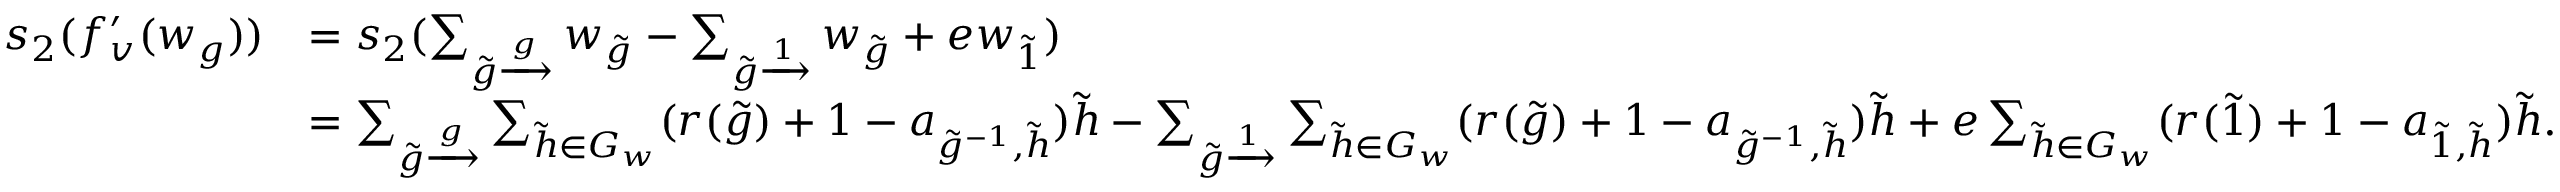
\begin{array} { r l } { s _ { 2 } ( f _ { v } ^ { \prime } ( w _ { g } ) ) } & { = s _ { 2 } ( \sum _ { \Tilde { g } \xrightarrow [ ] g } w _ { \Tilde { g } } - \sum _ { \Tilde { g } \xrightarrow [ ] 1 } w _ { \Tilde { g } } + e w _ { \Tilde { 1 } } ) } \\ & { = \sum _ { \Tilde { g } \xrightarrow [ ] g } \sum _ { \Tilde { h } \in G _ { w } } ( r ( \Tilde { g } ) + 1 - a _ { \Tilde { g } ^ { - 1 } , \Tilde { h } } ) \Tilde { h } - \sum _ { \Tilde { g } \xrightarrow [ ] 1 } \sum _ { \Tilde { h } \in G _ { w } } ( r ( \Tilde { g } ) + 1 - a _ { \Tilde { g } ^ { - 1 } , \Tilde { h } } ) \Tilde { h } + e \sum _ { \Tilde { h } \in G _ { w } } ( r ( \Tilde { 1 } ) + 1 - a _ { \Tilde { 1 } , \Tilde { h } } ) \Tilde { h } . } \end{array}